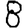
Digit: 8